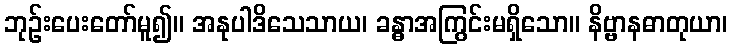
ဘုဉ်းပေးတော်မူ၍။ အနုပါဒိသေသာယ၊ ခန္ဓာအကြွင်းမရှိသော။ နိဗ္ဗာနဓာတုယာ၊